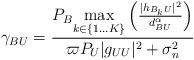
LaTeX: \begin{align*}\gamma_{BU}=\frac{P_B\underset{k\in \{1...K\}}{\max}\left(\frac{|h_{B_kU}|^2}{d^\alpha_{BU}}\right)}{\varpi P_U|g_{UU}|^2+\sigma_n^2}\end{align*}